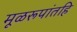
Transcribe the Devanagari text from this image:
मूळरूपांतहि